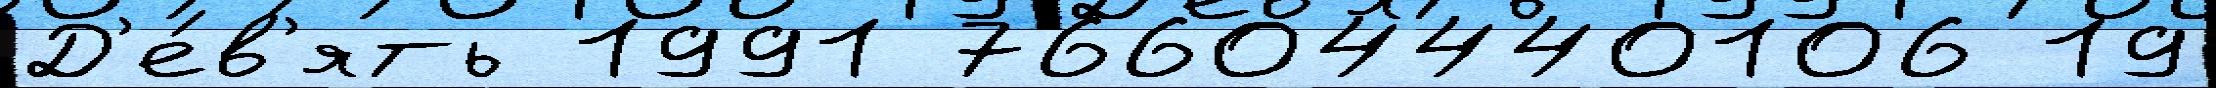
Д'е́в'ять 1991 76604440106 19